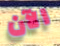
الآن